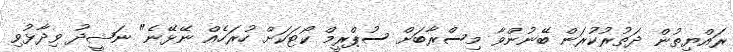
ރައްޔިތުން ދަތުރުކުރަން ބޭނުންވާ މިސްރާބަށް ސުޕްރީމް ކޯޓަކަށް ހުރަހެއް ނޭޅޭނެ" ނަޝީދު ވިދާޅުވި